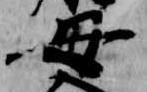
母